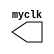
`timescale 100s/1s
module clk( myclk);
output reg myclk=1;
always
begin
#1 myclk=~myclk;
end
endmodule